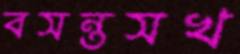
বসন্তসখ